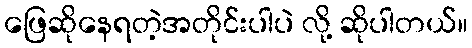
ဖြေဆိုနေရတဲ့အတိုင်းပါပဲ လို့ ဆိုပါတယ်။